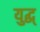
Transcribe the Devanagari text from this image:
युद्ध्